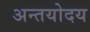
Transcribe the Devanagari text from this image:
अन्तयोदय